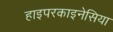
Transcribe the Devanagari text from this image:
हाइपरकाइनेसिया